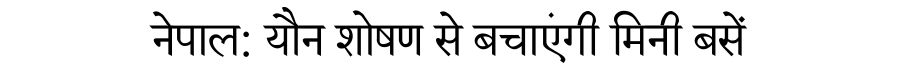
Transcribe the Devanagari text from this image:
नेपाल: यौन शोषण से बचाएंगी मिनी बसें